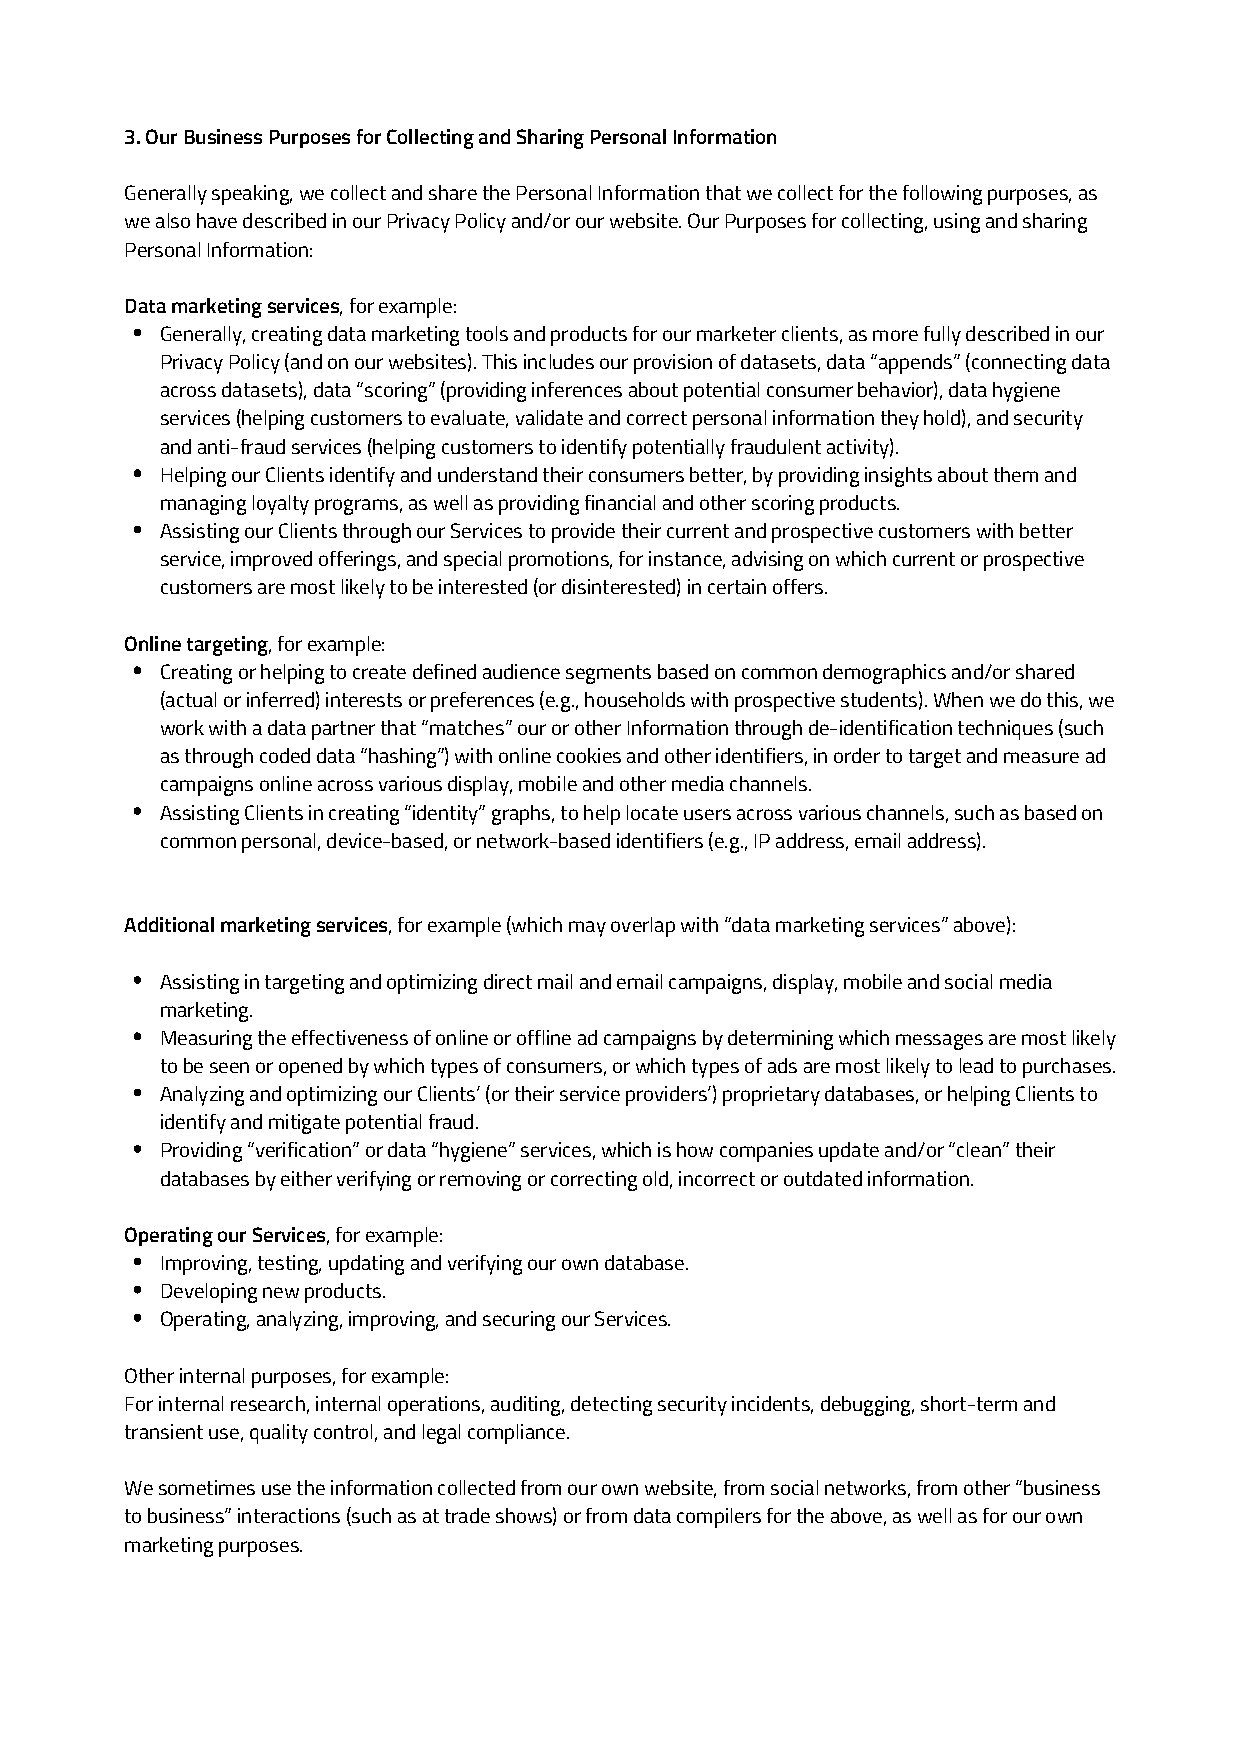
3. Our Business Purposes for Collecting and Sharing Personal Information
 Generally speaking, we collect and share the Personal Information that we collect for the following purposes, as
 we also have described in our Privacy Policy and/or our website. Our Purposes for collecting, using and sharing
 Personal Information:
 Data marketing services, for example:
 Generally, creating data marketing tools and products for our marketer clients, as more fully described in our
 Privacy Policy (and on our websites). This includes our provision of datasets, data “appends” (connecting data
 across datasets), data “scoring” (providing inferences about potential consumer behavior), data hygiene
 services (helping customers to evaluate, validate and correct personal information they hold), and security
 and anti-fraud services (helping customers to identify potentially fraudulent activity).
 Helping our Clients identify and understand their consumers better, by providing insights about them and
 managing loyalty programs, as well as providing financial and other scoring products.
 Assisting our Clients through our Services to provide their current and prospective customers with better
 service, improved offerings, and special promotions, for instance, advising on which current or prospective
 customers are most likely to be interested (or disinterested) in certain offers.
 Online targeting, for example:
 Creating or helping to create defined audience segments based on common demographics and/or shared
 (actual or inferred) interests or preferences (e.g., households with prospective students). When we do this, we
 work with a data partner that “matches” our or other Information through de-identification techniques (such
 as through coded data “hashing”) with online cookies and other identifiers, in order to target and measure ad
 campaigns online across various display, mobile and other media channels.
 Assisting Clients in creating “identity” graphs, to help locate users across various channels, such as based on
 common personal, device-based, or network-based identifiers (e.g., IP address, email address).
 Additional marketing services, for example (which may overlap with “data marketing services” above):
 Assisting in targeting and optimizing direct mail and email campaigns, display, mobile and social media
 marketing.
 Measuring the effectiveness of online or offline ad campaigns by determining which messages are most likely
 to be seen or opened by which types of consumers, or which types of ads are most likely to lead to purchases.
 Analyzing and optimizing our Clients’ (or their service providers’) proprietary databases, or helping Clients to
 identify and mitigate potential fraud.
 Providing “verification” or data “hygiene” services, which is how companies update and/or “clean” their
 databases by either verifying or removing or correcting old, incorrect or outdated information.
 Operating our Services, for example:
 Improving, testing, updating and verifying our own database.
 Developing new products.
 Operating, analyzing, improving, and securing our Services.
 Other internal purposes, for example:
 For internal research, internal operations, auditing, detecting security incidents, debugging, short-term and
 transient use, quality control, and legal compliance.
 We sometimes use the information collected from our own website, from social networks, from other “business
 to business” interactions (such as at trade shows) or from data compilers for the above, as well as for our own
 marketing purposes.